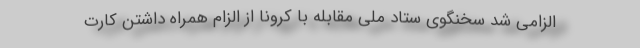
الزامی شد سخنگوی ستاد ملی مقابله با کرونا از الزام همراه داشتن کارت